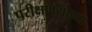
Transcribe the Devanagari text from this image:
परीक्षणयोग्य